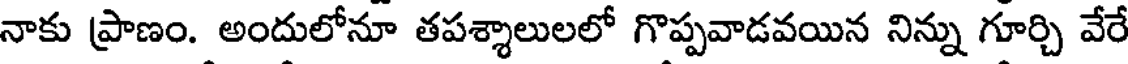
నాకు ప్రాణం. అందులోనూ తపశ్శాలులలో గొప్పవాడవయిన నిన్ను గూర్చి వేరే